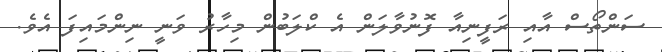
ސަންތޯސް އާއި ރަފީނިއާ ފޮނުވާލަން އެ ކްލަބުން މިހާރު ވަނީ ނިންމައިފަ އެވެ.